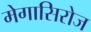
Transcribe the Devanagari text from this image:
मेगासिरोज